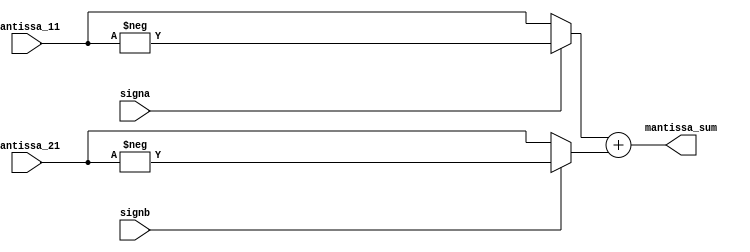
module addition_s(signa,signb,mantissa_11,mantissa_21,mantissa_sum);

input signa,signb;
input [9:0] mantissa_11,mantissa_21;

output [10:0] mantissa_sum;

wire [9:0] Mantissa_11,Mantissa_21;

assign Mantissa_11 = (signa?(-mantissa_11):mantissa_11);
assign Mantissa_21 = (signb?(-mantissa_21):mantissa_21);

assign mantissa_sum = Mantissa_11+Mantissa_21; // can instantiate full adder here instead of + operation

endmodule